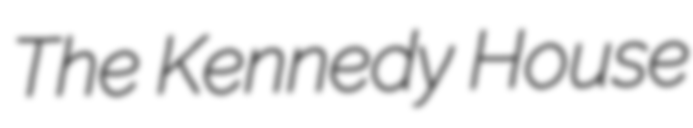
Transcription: The Kennedy House